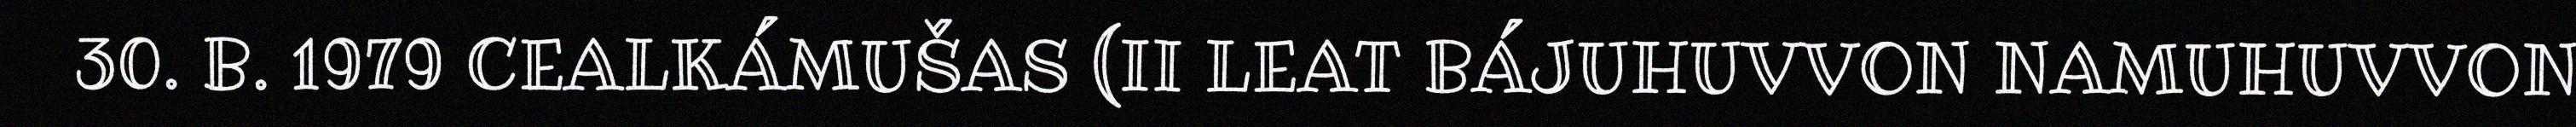
30. B. 1979 CEALKÁMUŠAS (II LEAT BÁJUHUVVON NAMUHUVVON